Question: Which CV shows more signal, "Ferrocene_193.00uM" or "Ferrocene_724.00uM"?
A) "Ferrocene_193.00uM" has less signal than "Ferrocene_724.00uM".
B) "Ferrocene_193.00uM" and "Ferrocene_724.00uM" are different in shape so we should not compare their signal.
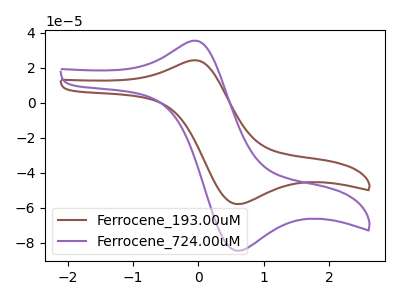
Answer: <think>The brown curve "Ferrocene_193.00uM" has an anodic peak at (-0.10V, 24.15uA) and a cathodic peak at (0.60V, -57.90uA). The purple curve "Ferrocene_724.00uM" has an anodic peak at (-0.10V, 35.30uA) and a cathodic peak at (0.60V, -84.55uA).
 All the peaks in "Ferrocene_193.00uM" have a peak in "Ferrocene_724.00uM" at the same potential. Every peak in "Ferrocene_193.00uM" is lower than every peak in "Ferrocene_724.00uM".</think>
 <answer>A) "Ferrocene_193.00uM" has less signal than "Ferrocene_724.00uM".</answer>
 <eval>A</eval>